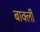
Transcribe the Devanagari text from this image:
बार्क्ली